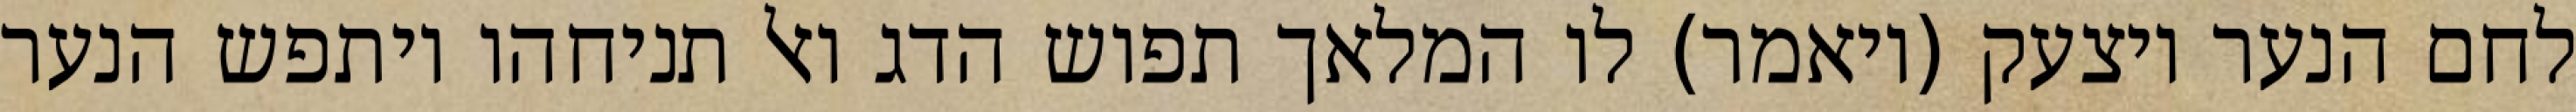
לחם הנער ויצעק (ויאמר) לו המלאך תפוש הדג ואל תניחהו ויתפש הנער